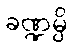
ခဏ္ဍမ္ပိ